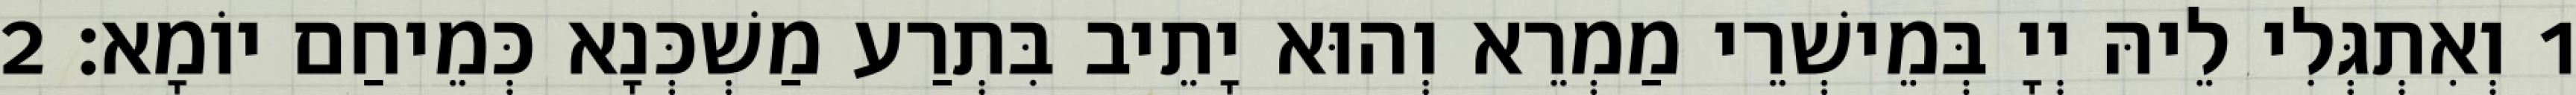
1 וְאִתְגְּלִי לֵיהּ יְיָ בְּמֵישְׁרֵי מַמְרֵא וְהוּא יָתֵיב בִּתְרַע מַשְׁכְּנָא כְּמֵיחַם יוֹמָא׃ 2